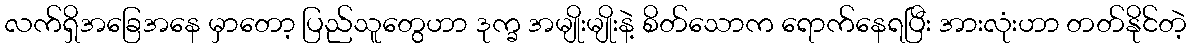
လက်ရှိအခြေအနေ မှာတော့ ပြည်သူတွေဟာ ဒုက္ခ အမျိုးမျိုးနဲ့ စိတ်သောက ရောက်နေရပြီး အားလုံးဟာ တတ်နိုင်တဲ့